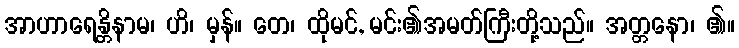
အာဟာရေန္တိနာမ၊ ဟိ၊ မှန်။ တေ၊ ထိုမင်, မင်း၏အမတ်ကြီးတို့သည်။ အတ္တနော၊ ၏။